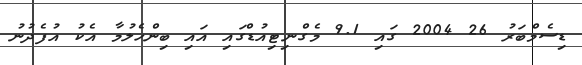
ޑިސެމްބަރު 26 2004 ގައި 9.1 މެގްނިޓިއުޑްގައި އައި ބިންހެލުމާ އެކު އުފެދުނު